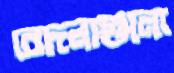
বেদনাগুলো